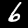
Digit: 6